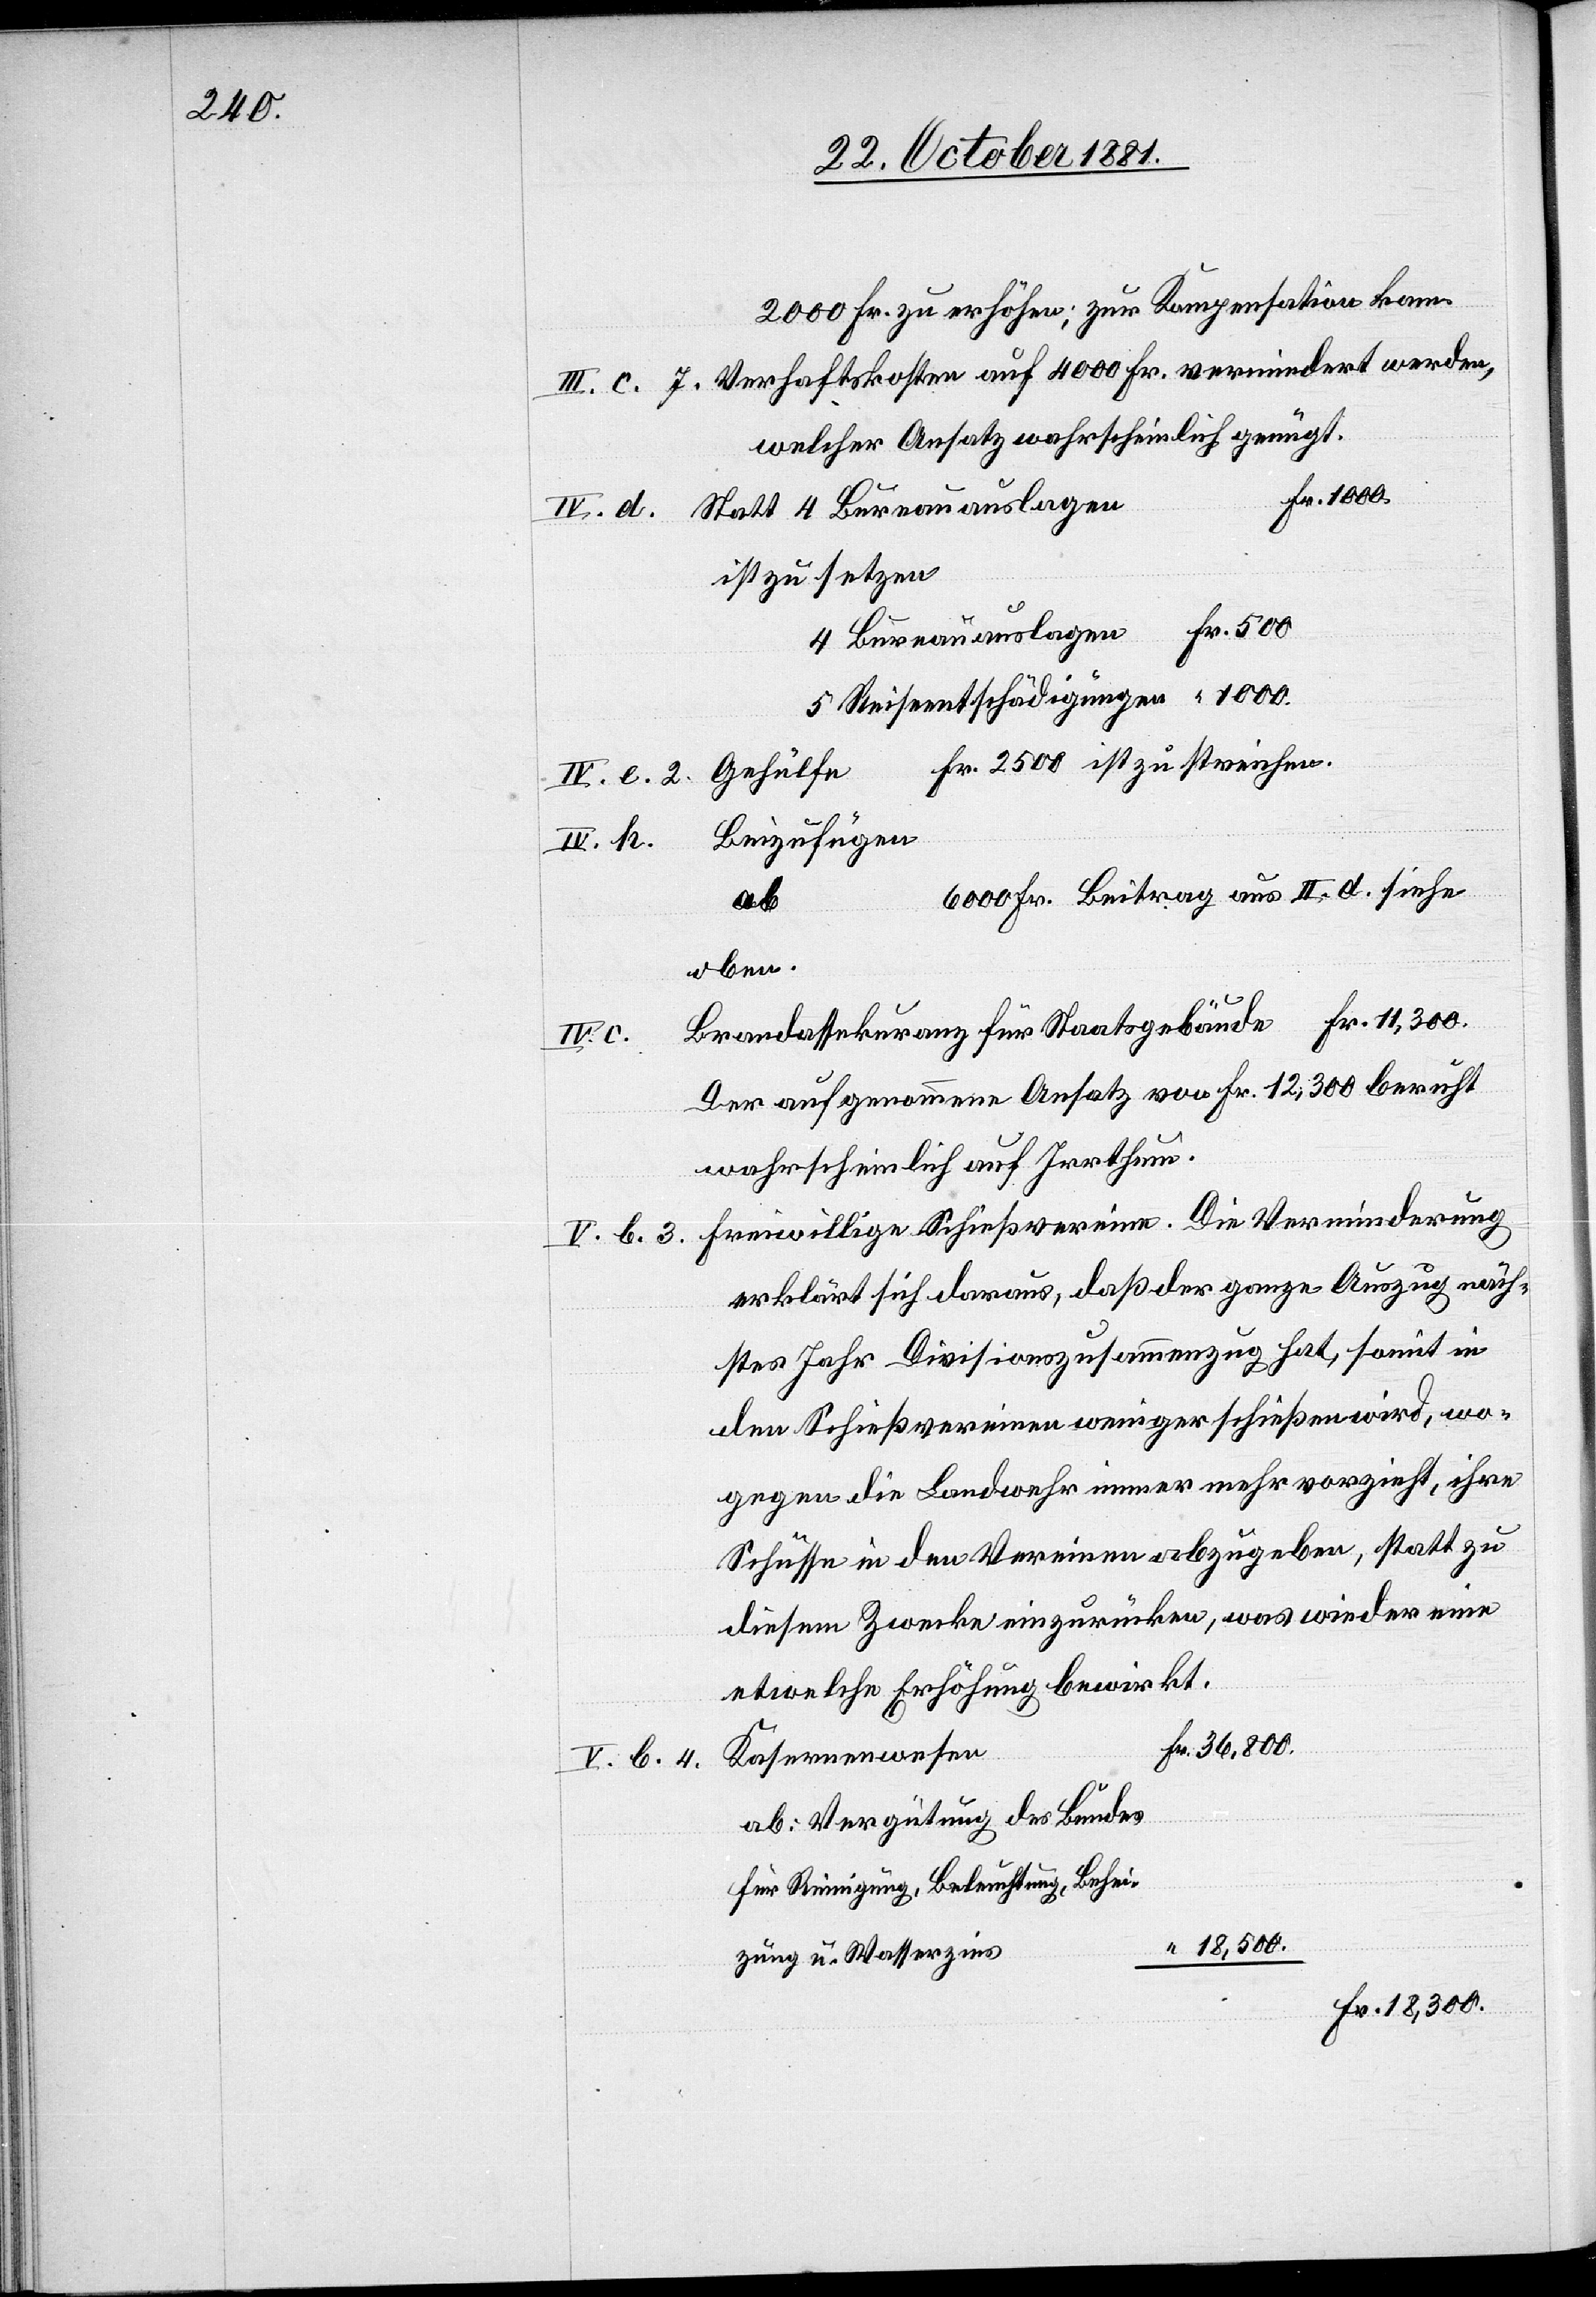
2000 Fr. zu erhöhen; zur Kompensation kann
III. c. 7. Verhaftskosten auf 4000 Fr. vermindert werden,
welcher Ansatz wahrscheinlich genügt.
IV. d. Statt 4 Bureauauslage¬
ist zu setzen
4 Bureauauslagen	Fr. 500
5 Reiseentschädigungen	 “ 1000.
Gehülfe Fr. 2500 ist zu streichen.
IV. c. 2.
Beizufügen
IV. h.
6000 Fr. Beitrag aus II. d. siehe
ab
oben.
Brandassekuranz für Staatsgebäude				Fr. 11,300.
Behei¬
Der aufgenommene Ansatz von Fr. 12,300 beruht
wahrscheinlich auf Irrthum.
V. b. 3. Freiwillige Schießvereine. Die Verminderung
erklärt sich daraus, daß der ganze Auszug näch¬
stes Jahr Divisionszusammenzug hat, somit in
den Schießvereinen weniger schießen wird, wo¬
gegen die Landwehr immer mehr vorzieht, ihre
Schüsse in den Vereinen abzugeben, statt zu
diesem Zwecke einzurücken, was wieder eine
etwelche Erhöhung bewirkt.
n	Fr. 36,800.
Kasernenwese¬
V. b. 4.
ab: Vergütung des Bundes
“ 15,500.
zung u. Wasserzins
Fr. 18,300.